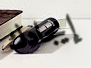
إيجادك